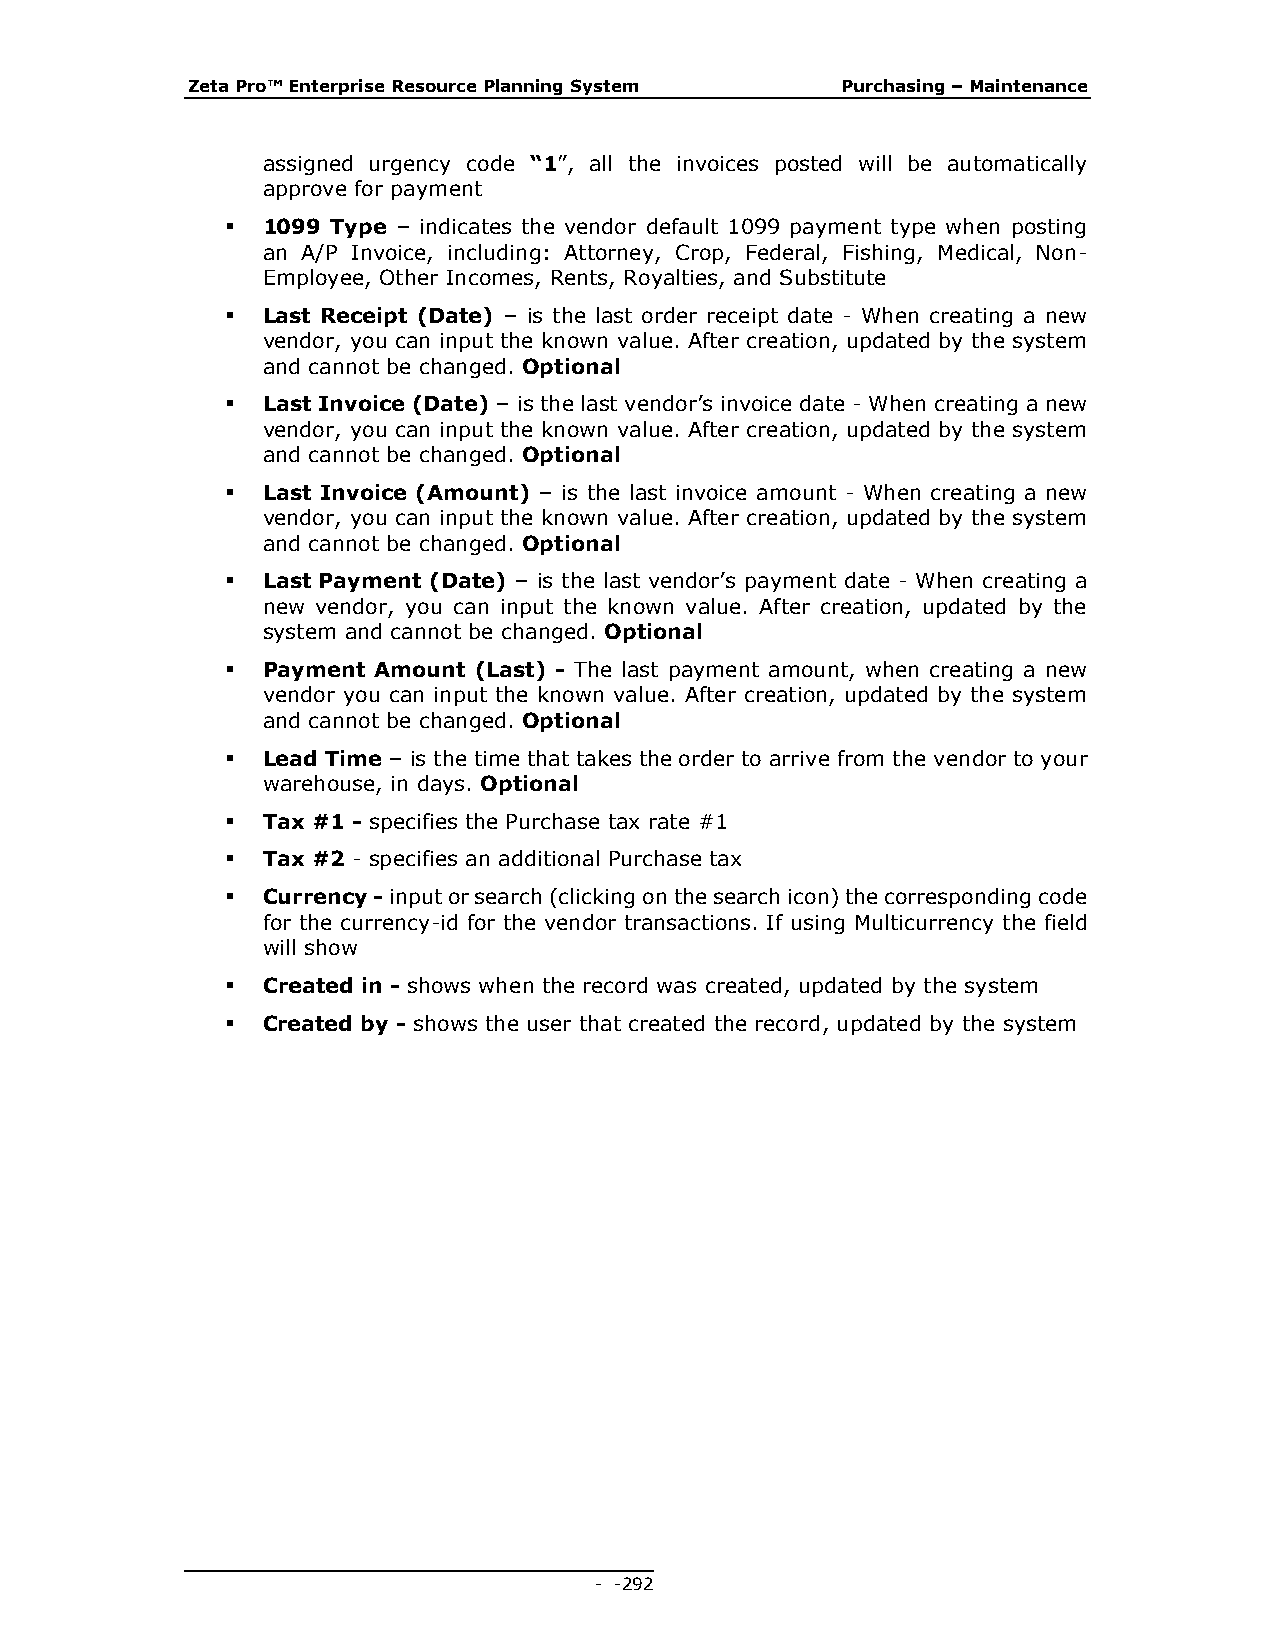
Zeta Pro™ Enterprise Resource Planning System Purchasing – Maintenance
 assigned urgency code “1”, all the invoices posted will be automatically
 approve for payment
  1099 Type – indicates the vendor default 1099 payment type when posting
 an A/P Invoice, including: Attorney, Crop, Federal, Fishing, Medical, Non-
 Employee, Other Incomes, Rents, Royalties, and Substitute
  Last Receipt (Date) – is the last order receipt date - When creating a new
 vendor, you can input the known value. After creation, updated by the system
 and cannot be changed. Optional
  Last Invoice (Date) – is the last vendor’s invoice date - When creating a new
 vendor, you can input the known value. After creation, updated by the system
 and cannot be changed. Optional
  Last Invoice (Amount) – is the last invoice amount - When creating a new
 vendor, you can input the known value. After creation, updated by the system
 and cannot be changed. Optional
  Last Payment (Date) – is the last vendor’s payment date - When creating a
 new vendor, you can input the known value. After creation, updated by the
 system and cannot be changed. Optional
  Payment Amount (Last) - The last payment amount, when creating a new
 vendor you can input the known value. After creation, updated by the system
 and cannot be changed. Optional
  Lead Time – is the time that takes the order to arrive from the vendor to your
 warehouse, in days. Optional
  Tax #1 - specifies the Purchase tax rate #1
  Tax #2 - specifies an additional Purchase tax
  Currency - input or search (clicking on the search icon) the corresponding code
 for the currency-id for the vendor transactions. If using Multicurrency the field
 will show
  Created in - shows when the record was created, updated by the system
  Created by - shows the user that created the record, updated by the system
 - - 292